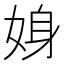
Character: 㛛